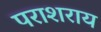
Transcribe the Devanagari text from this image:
पराशराय